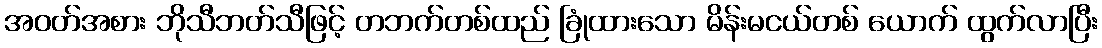
အဝတ်အစား ဘိုသီဘတ်သီဖြင့် တဘက်တစ်ထည် ခြုံထားသော မိန်းမငယ်တစ် ယောက် ထွက်လာပြီး